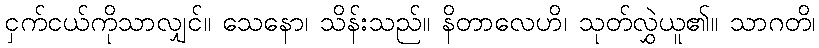
ငှက်ငယ်ကိုသာလျှင်။ သေနော၊ သိန်းသည်။ နိတာလေဟိ၊ သုတ်လွှဲယူ၏။ သာဂတိ၊